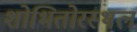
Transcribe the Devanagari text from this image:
शोभितोरस्थलं